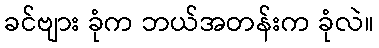
ခင်ဗျား ခုံက ဘယ်အတန်းက ခုံလဲ။